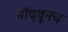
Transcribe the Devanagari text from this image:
नोंदवूनच